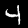
Digit: 4